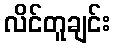
လိင်တူချင်း